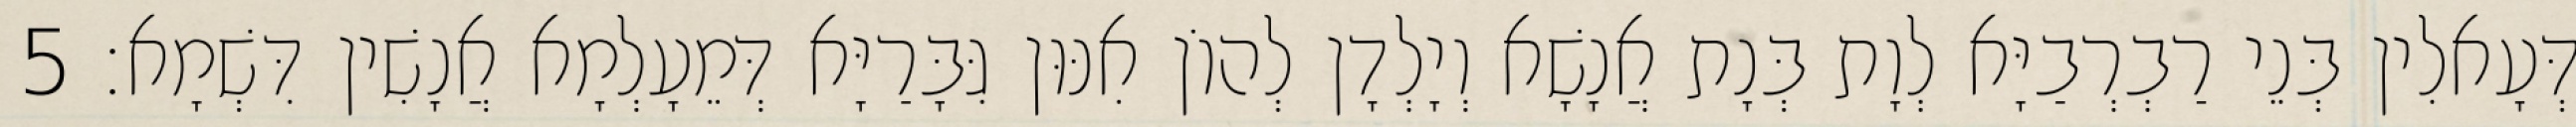
דְּעָאלִין בְּנֵי רַבְרְבַיָּא לְוָת בְּנָת אֲנָשָׁא וְיָלְדָן לְהוֹן אִנּוּן גִּבָּרַיָּא דְּמֵעָלְמָא אֲנָשִׁין דִּשְׁמָא׃ 5